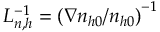
L _ { n , h } ^ { - 1 } = \left( \nabla n _ { h 0 } / n _ { h 0 } \right) ^ { - 1 }